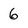
Character: 6